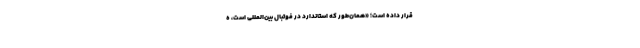
قرار داده است؛ «همان‌طور که استاندارد در فوتبال بین‌المللی است، ه